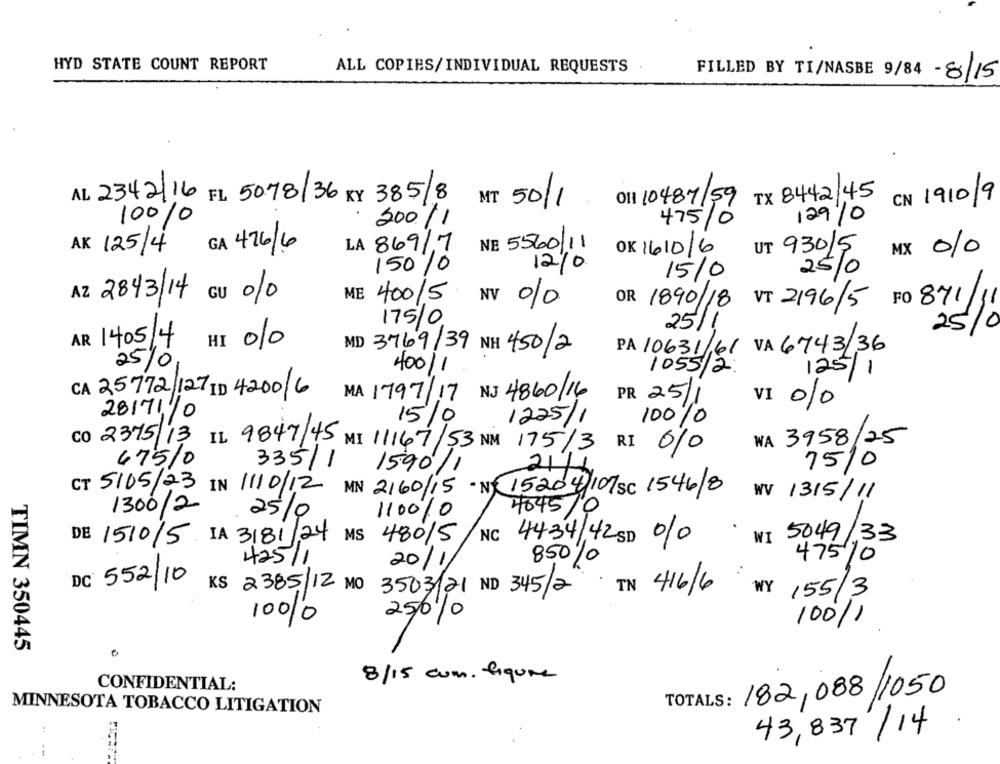
HYD STATE COUNT REPORT
ALL COPIES/INDIVIDUAL REQUESTS
FILLED BY TI/NASBE 9/84 - 8/15
AL 2342/16 FL 5078/36 KY 385/8
MT 50/1
OI1 10487/59
TX 8442/45 CN 1910/9
100%0
475/0
129/0
200/1
AK 125/4
GA 476/6
LA 869/7
NE 5560/11
OK 1610/6
MX 010
UT 93015
12/0
150/0
15/0
25/0
AZ 2843/14 cu 0/0
ME 400/5
NV
%
OR 1890/18
VT 2196/5 FO 871
175/0
25/1
25
10
AR 1405/4
HI 010
MD 3769/39 NH 450/2
PA 10631/61 VA 6743/36
25/0
400/1
1055/2.
125/1
CA 25772/127 ID 4200/6
MA 1797/17 NJ 4860/16
PR 25/1
VI 010
28/7/10
15%
1225/1
100%
WA 3958
125
CO 2375/13 IL 9847/45 MI 11167/53 NM 175/3 RI 0/0
47510
335/1
7510
1590/1
21/1
CT 5/05/23 IN 1/10/12 MN 2160/15 ·Nº 15204/ 107 SC 1546/8
WV 1315/ 11
1300/2
4045/6
25/0
110010
DE 1510/5 IA 3/81/24
MS 480/5
NC
4434/42 SD 10
WI 5049/33
425/1
20/1/
850%
47510
DC: 552/10
K$ 2385/12 MO
· TN 416/6
3503/21 ND 345/2
WY
155/3
10010
250/0
100/1
TIMN 350445
8/15 com. figure
CONFIDENTIAL:
TOTALS: 182, 088/1050
MINNESOTA TOBACCO LITIGATION
.
43, 837 /14
--